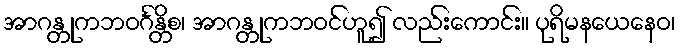
အာဂန္တုကဘဝင်္ဂန္တိစ၊ အာဂန္တုကဘဝင်ဟူ၍ လည်းကောင်း။ ပုရိမနယေနေဝ၊